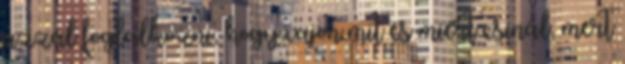
azzal foglalkozni, hogy vajon mit és miért csinál, mert